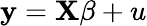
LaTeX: \mathbf{y}=\mathbf{X}\beta+u